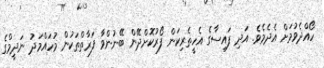
ހޯއްދެވުމަށް އެދެމެވެ. އަދި ފައިސާގެ އެހީތެރިކަން ފޯރުކޮށްދޭން ބޭނުންވާ ފަރާތްތަކުން މުހައްމަދު ނަދީމްގެ